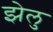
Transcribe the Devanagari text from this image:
झेलु